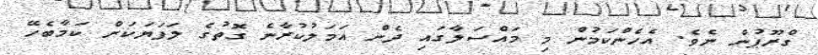
ގްރޫޕުން ނެވެ. އެހެންކަމުން މި މައްސަލާގައި ދެން އަމަލުކުރާނެ ގޮތުގެ ލަފަޔަކަށް ކަމާބެހޭ